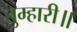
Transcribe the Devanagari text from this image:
तुम्हारी॥